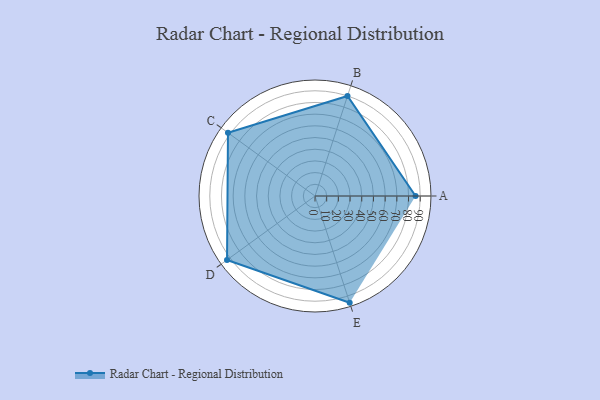
{"axis": {"x": "Skill", "y": "Score"}, "legend": ["Profile"], "data": [{"x": "A", "y": 86.0, "type": "Profile"}, {"x": "B", "y": 90.0, "type": "Profile"}, {"x": "C", "y": 92.0, "type": "Profile"}, {"x": "D", "y": 93.0, "type": "Profile"}, {"x": "E", "y": 96.0, "type": "Profile"}]}